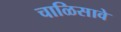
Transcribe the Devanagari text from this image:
चाळिसावे